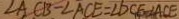
\angle A C B - \angle A C E = \angle D C E = \angle A C E